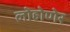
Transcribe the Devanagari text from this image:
लोहोणेर